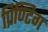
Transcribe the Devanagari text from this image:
प्रिण्टिग